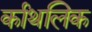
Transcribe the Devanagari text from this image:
र्कांथलिक